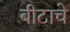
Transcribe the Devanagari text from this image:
बीटाचे